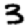
Digit: 3